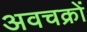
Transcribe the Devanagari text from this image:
अवचक्रों